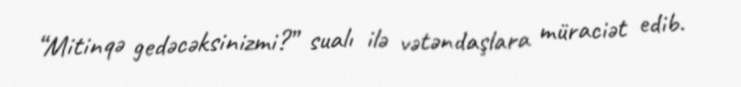
“Mitinqə gedəcəksinizmi?” sualı ilə vətəndaşlara müraciət edib.